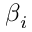
\beta _ { i }